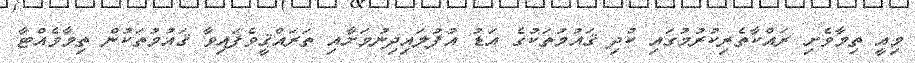
މިއީ ތިމާވެށި ރައްކާތެރިކުރުމުގައި ކުދި ޤައުމުތަކުގެ އަޑު އުފުލައިދިނުމަށާއި ތަރައްޤީވެފައިވާ ޤައުމުތަކުން ތިމާވެއްޓާ